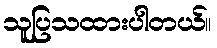
သူပြသထားပါတယ်။